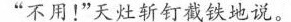
“不用!”天灶斩钉截铁地说。